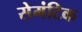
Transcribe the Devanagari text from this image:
सेमंटिक